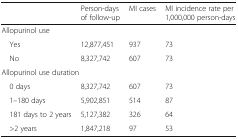
<table><thead><tr><td></td><td><b>Person-days of follow-up</b></td><td><b>MI cases</b></td><td><b>MI incidence rate per 1,000,000 person-days</b></td></tr></thead><tbody><tr><td colspan="4">Allopurinol use</td></tr><tr><td> Yes</td><td>12,877,451</td><td>937</td><td>73</td></tr><tr><td> No</td><td>8,327,742</td><td>607</td><td>73</td></tr><tr><td colspan="4">Allopurinol use duration</td></tr><tr><td> 0 days</td><td>8,327,742</td><td>607</td><td>73</td></tr><tr><td> 1–180 days</td><td>5,902,851</td><td>514</td><td>87</td></tr><tr><td> 181 days to 2 years</td><td>5,127,382</td><td>326</td><td>64</td></tr><tr><td> &gt;2 years</td><td>1,847,218</td><td>97</td><td>53</td></tr></tbody></table>